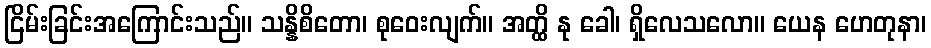
ငြိမ်းခြင်းအကြောင်းသည်။ သန္နိစိတော၊ စုဝေးလျက်။ အတ္ထိ နု ခေါ၊ ရှိလေသလော။ ယေန ဟေတုနာ၊